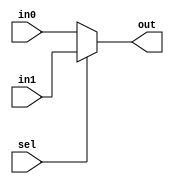
`timescale 1ns / 1ps
//////////////////////////////////////////////////////////////////////////////////
// Mississippi State University 
// ECE 4532-4542 Senior Design
// 
// Module Name:    twoway_16bit_mux.v
// Project Name: 	 ITU G.729 Hardware Implementation
// Target Devices: Virtex 5
// Tool versions:  Xilinx 9.2i
// Description: 	This function is a mux with two 16 bit inputs and 1 16bit output
//
// Dependencies: 	 N/A
//
// Revision: 
// Revision 0.01 - File Created
// Additional Comments: 
//
//////////////////////////////////////////////////////////////////////////////////

module twoway_16bit_mux(in0,in1,sel,out);

input sel;
input [15:0] in0,in1;
output reg [15:0] out;

always @(*)
case	(sel)
	'd0 :	out = in0;
	default	out = in1;
endcase


endmodule